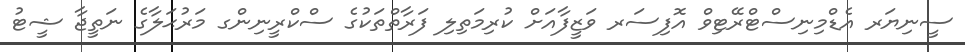
ސީނިޔަރ އެޑްމިނިސްޓްރޭޓިވް އޮފިސަރ ވަޒީފާއަށް ކުރިމަތިލި ފަރާތްތަކުގެ ސްކްރީނިންގ މަރުޙަލާގެ ނަތީޖާ ޝީޓު